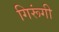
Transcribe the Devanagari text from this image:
गिरूंगी